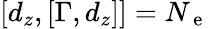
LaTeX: \left[d_{z},\left[\Gamma,d_{z}\right]\right]=N_{\mathrm{~e~}}